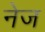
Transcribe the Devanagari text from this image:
नेज